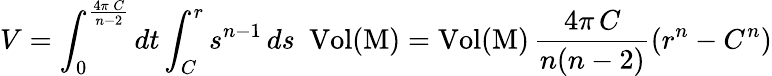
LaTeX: V=\int_{0}^{\frac{4\pi\, C}{n-2}}dt\int_{C}^{r}s^{n-1}\, ds\, \, \, \mathrm{Vol(M)}=\mathrm{Vol(M)}\, \frac{4\pi\, C}{n(n-2)}\left(r^{n}-C^{n}\right)